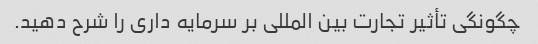
چگونگی تأثیر تجارت بین المللی بر سرمایه داری را شرح دهید.